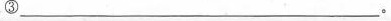
③___。